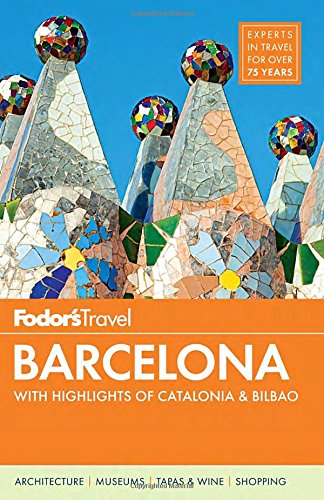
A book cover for Fodor's Barcelona: with Highlights of Catalonia & Bilbao (Full-color Travel Guide); Fodor's; Travel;